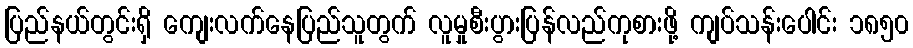
ပြည်နယ်တွင်းရှိ ကျေးလက်နေပြည်သူတွက် လူမှုစီးပွားပြန်လည်ကုစားဖို့ ကျပ်သန်းပေါင်း ၁၈၅၀